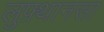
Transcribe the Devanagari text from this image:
लुफ़्थानसा